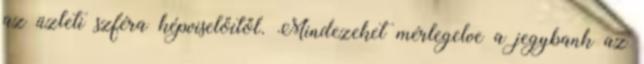
az üzleti szféra képviselőitől. Mindezeket mérlegelve a jegybank az